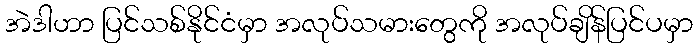
အဲဒါဟာ ပြင်သစ်နိုင်ငံမှာ အလုပ်သမားတွေကို အလုပ်ချိန်ပြင်ပမှာ